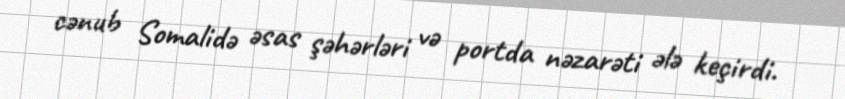
cənub Somalidə əsas şəhərləri və portda nəzarəti ələ keçirdi.